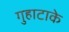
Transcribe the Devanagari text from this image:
गुहाटाके